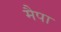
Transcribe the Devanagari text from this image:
मैपा